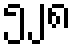
၅၂၈